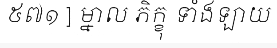
៥៧១ ] ម្នាល ភិក្ខុ ទាំងឡាយ